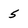
Character: 5